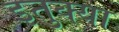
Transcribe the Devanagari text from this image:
इतुक्या